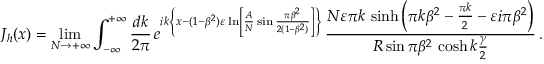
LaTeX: J _ { h } ( x ) = \operatorname * { l i m } _ { N \rightarrow + \infty } \int _ { - \infty } ^ { + \infty } \frac { d k } { 2 \pi } \, e ^ { i k \left\{ x - ( 1 - \beta ^ { 2 } ) \varepsilon \ln \left[ \frac { A } { N } \sin \frac { \pi \beta ^ { 2 } } { 2 ( 1 - \beta ^ { 2 } ) } \right] \right\} } \, \frac { N \varepsilon \pi k \, \sinh \left( \pi k \beta ^ { 2 } - \frac { \pi k } { 2 } - \varepsilon i \pi \beta ^ { 2 } \right) } { R \sin \pi \beta ^ { 2 } \, \cosh k \frac { \gamma } { 2 } } \, .